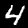
Digit: 4